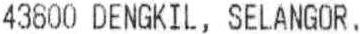
43800 DENGKIL, SELANGOR.